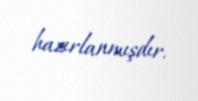
hazırlanmışdır.